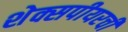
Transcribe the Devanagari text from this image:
शेक्सपीयरची